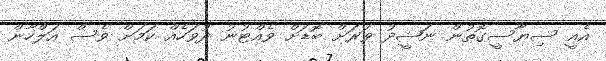
އެއީ ސިޔާސީގޮތުން ނަޝީދު ވަރަށް ބޮޑަށް ވެއްޓުނު ދުވަހެއް ކަމަށް ވެސް އަލްހާން